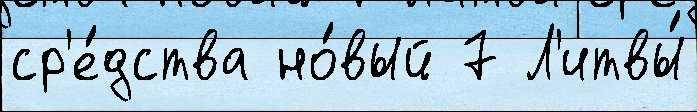
ср'е́дства но́вый 7 Л'итвы́